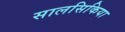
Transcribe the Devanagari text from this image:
सालसिकिया